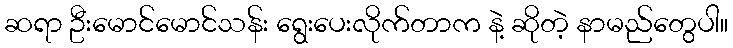
ဆရာ ဦးမောင်မောင်သန်း ရွေးပေးလိုက်တာက နဲ့ ဆိုတဲ့ နာမည်တွေပါ။